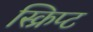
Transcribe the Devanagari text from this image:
स्क्रिप्‍ट